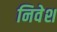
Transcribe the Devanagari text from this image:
निवेश